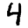
Digit: 4